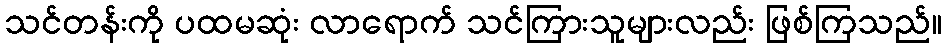
သင်တန်းကို ပထမဆုံး လာရောက် သင်ကြားသူများလည်း ဖြစ်ကြသည်။